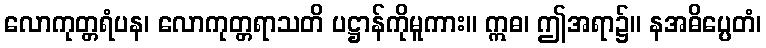
လောကုတ္တရံပန၊ လောကုတ္တရာသတိ ပဋ္ဌာန်ကိုမူကား။ ဣဓ၊ ဤအရာ၌။ နအဓိပ္ပေတံ၊